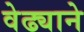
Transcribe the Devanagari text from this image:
वेढ्याने